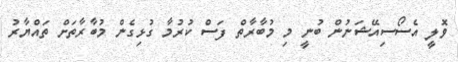
ވޮލީ އެސޯސިއޭޝަނުން ބުނީ މި މުބާރާތް ފަސް ކުރުމާ ގުޅިގެން މުބާރާތަށް ތައްޔާރު